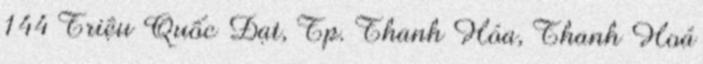
144 Triệu Quốc Đạt, Tp. Thanh Hóa, Thanh Hoá